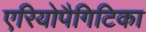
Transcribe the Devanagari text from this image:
एरियोपैगिटिका